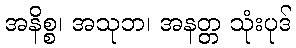
အနိစ္စ၊ အသုဘ၊ အနတ္တ သုံးပုဒ်